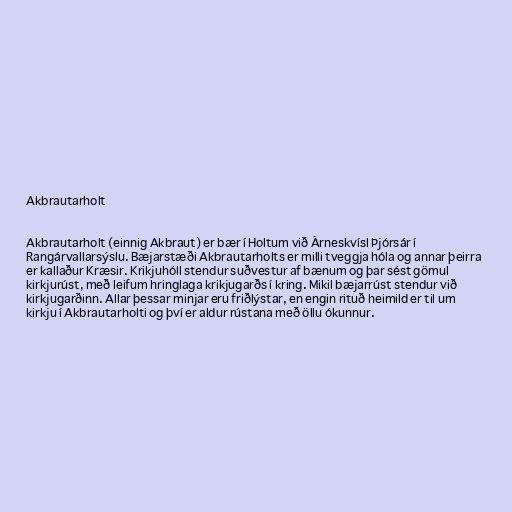
Akbrautarholt

Akbrautarholt (einnig Akbraut) er bær í Holtum við Árneskvísl Þjórsár í
Rangárvallarsýslu. Bæjarstæði Akbrautarholts er milli tveggja hóla og annar þeirra
er kallaður Kræsir. Krikjuhóll stendur suðvestur af bænum og þar sést gömul
kirkjurúst, með leifum hringlaga krikjugarðs í kring. Mikil bæjarrúst stendur við
kirkjugarðinn. Allar þessar minjar eru friðlýstar, en engin rituð heimild er til um
kirkju í Akbrautarholti og því er aldur rústana með öllu ókunnur.